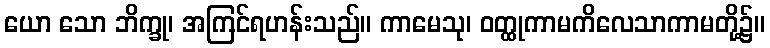
ယော သော ဘိက္ခု၊ အကြင်ရဟန်းသည်။ ကာမေသု၊ ဝတ္ထုကာမကိလေသာကာမတို့၌။